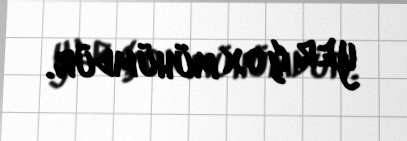
yer çox mühümdür.